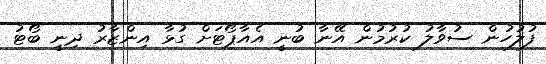
ފުލުހުން ސުވާލު ކުރުމުން އޭނާ ބުނީ އެއާޕޯޓަށް ގުޅާ އިންޒާރު ދިނީ ބޯޓު